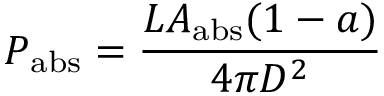
P _ { \mathrm { { a b s } } } = { \frac { L A _ { \mathrm { { a b s } } } ( 1 - a ) } { 4 \pi D ^ { 2 } } }